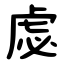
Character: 虙